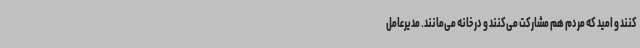
کنند و امید که مردم هم مشارکت می‌کنند و در خانه می‌مانند. مدیرعامل